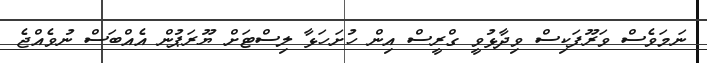
ނަމަވެސް ވަރޫފަކިސް ވިދާޅުވީ ގްރީސް އިން ހުށަަހަޅާ ލިސްޓަށް ޔޫރަޕުން އެއްބަސް ނުވެއްޖެ